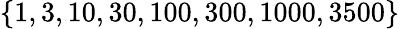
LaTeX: \{ 1,3,10,30,100,300,1000,3500\}